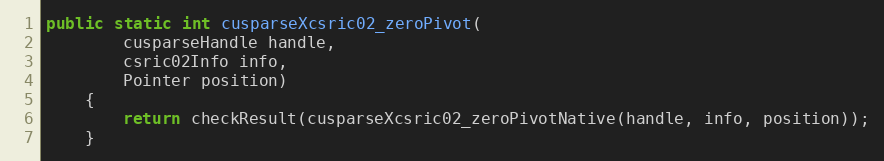
Language: Java
public static int cusparseXcsric02_zeroPivot(
        cusparseHandle handle,
        csric02Info info,
        Pointer position)
    {
        return checkResult(cusparseXcsric02_zeroPivotNative(handle, info, position));
    }